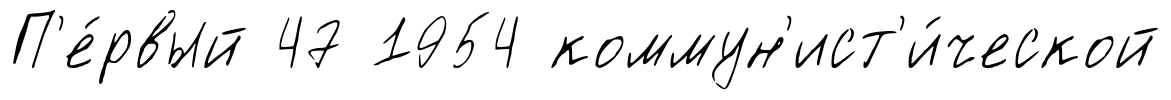
П'е́рвый 47 1954 коммун'ист'и́ческой